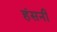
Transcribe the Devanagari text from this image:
हंसनी